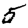
Digit: 5